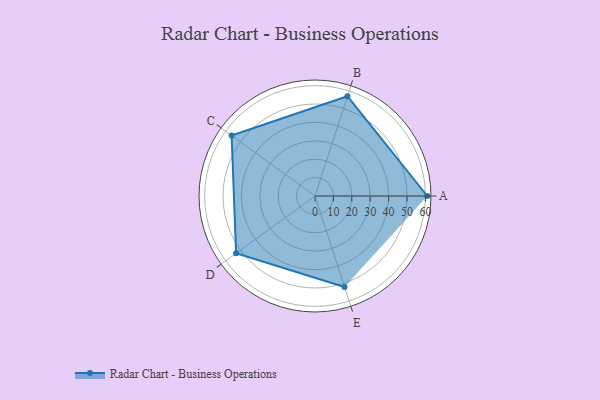
{"axis": {"x": "Skill", "y": "Score"}, "legend": ["Profile"], "data": [{"x": "A", "y": 61.0, "type": "Profile"}, {"x": "B", "y": 57.0, "type": "Profile"}, {"x": "C", "y": 56.0, "type": "Profile"}, {"x": "D", "y": 53.0, "type": "Profile"}, {"x": "E", "y": 52.0, "type": "Profile"}]}